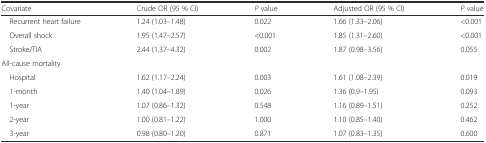
<table><thead><tr><td><b>Covariate</b></td><td><b>Crude OR (95 % CI)</b></td><td><b><i>P</i> value</b></td><td><b>Adjusted OR (95 % CI)</b></td><td><b><i>P</i> value</b></td></tr></thead><tbody><tr><td> Recurrent heart failure</td><td>1.24 (1.03–1.48)</td><td>0.022</td><td>1.66 (1.33–2.06)</td><td>&lt;0.001</td></tr><tr><td> Overall shock</td><td>1.95 (1.47–2.57)</td><td>&lt;0.001</td><td>1.85 (1.31–2.60)</td><td>&lt;0.001</td></tr><tr><td> Stroke/TIA</td><td>2.44 (1.37–4.32)</td><td>0.002</td><td>1.87 (0.98–3.56)</td><td>0.055</td></tr><tr><td colspan="5">All-cause mortality</td></tr><tr><td> Hospital</td><td>1.62 (1.17–2.24)</td><td>0.003</td><td>1.61 (1.08–2.39)</td><td>0.019</td></tr><tr><td> 1-month</td><td>1.40 (1.04–1.89)</td><td>0.026</td><td>1.36 (0.9–1.95)</td><td>0.093</td></tr><tr><td> 1-year</td><td>1.07 (0.86–1.32)</td><td>0.548</td><td>1.16 (0.89–1.51)</td><td>0.252</td></tr><tr><td> 2-year</td><td>1.00 (0.81–1.22)</td><td>1.000</td><td>1.10 (0.85–1.40)</td><td>0.462</td></tr><tr><td> 3-year</td><td>0.98 (0.80–1.20)</td><td>0.871</td><td>1.07 (0.83–1.35)</td><td>0.600</td></tr></tbody></table>